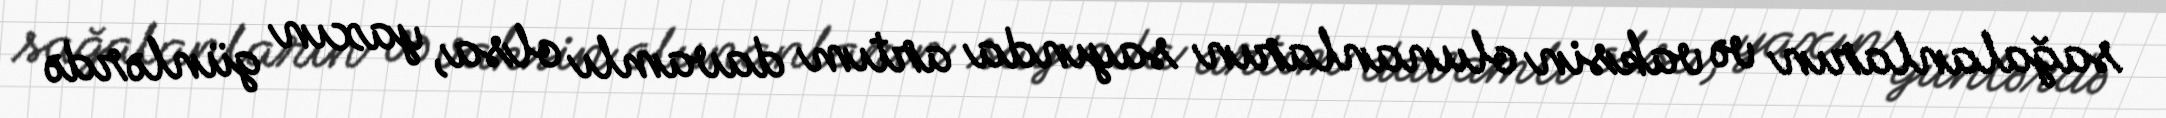
sağalanların və vaksin olunanların sayında artım davamlı olsa, yaxın günlərdə